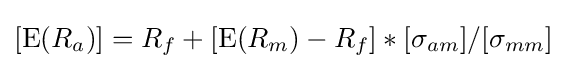
[\operatorname {E} (R_{a})]=R_{f}+[\operatorname {E} (R_{m})-R_{f}]*[\sigma _{am}]/[\sigma _{mm}]